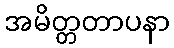
အမိတ္တတာပနာ